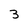
Character: 3